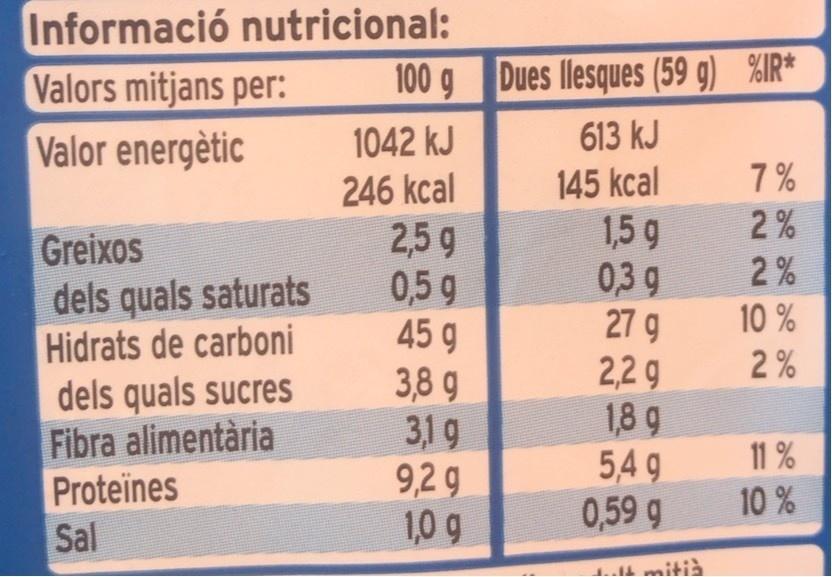
Informació nutricional: Valors mitjans per: Valor energètic
100 g Dues llesques (59 g) %IR*
1042 kJ
613 kJ
145 kcal
7 %
246 kcal 2,5 g 0,5 g 45 9 3,8 9 319 9,2 g 1,0 g
2%
Greixos dels quals saturats Hidrats de carboni dels quals sucres Fibra alimentària
1,5 g 0,3g 27 g 2,2 g 1,8 g 5,4 g 0,59 g
2%
10 %
2 %
11 %
Proteïnes
10 %
Sal
mitià